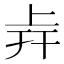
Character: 𢆒